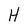
Character: H